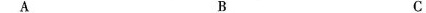
A B